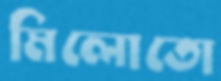
মিলোতো